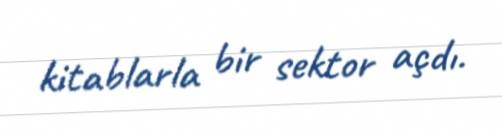
kitablarla bir sektor açdı.